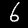
Digit: 6